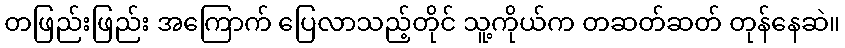
တဖြည်းဖြည်း အကြောက် ပြေလာသည့်တိုင် သူ့ကိုယ်က တဆတ်ဆတ် တုန်နေဆဲ။